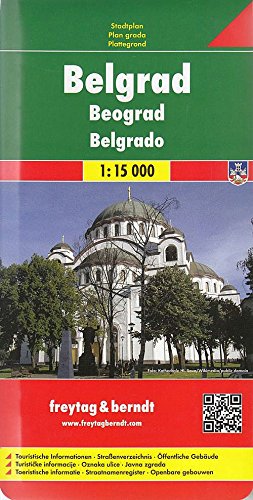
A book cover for Belgrade (English, German, French, Spanish and Italian Edition); Freytag-Berndt und Artaria; Travel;